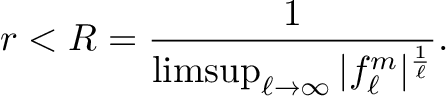
r < R = { \frac { 1 } { \operatorname* { l i m s u p } _ { \ell \to \infty } | f _ { \ell } ^ { m } | ^ { \frac { 1 } { \ell } } } } .